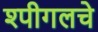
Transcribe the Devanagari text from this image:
श्पीगलचे